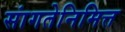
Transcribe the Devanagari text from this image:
सांगतेनिमित्त